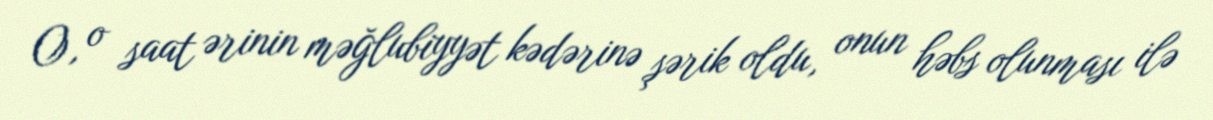
O, o saat ərinin məğlubiyyət kədərinə şərik oldu, onun həbs olunması ilə